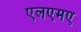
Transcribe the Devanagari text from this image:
एलएमए